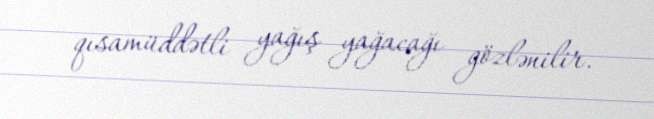
qısamüddətli yağış yağacağı gözlənilir.